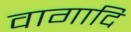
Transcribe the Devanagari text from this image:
वागादि